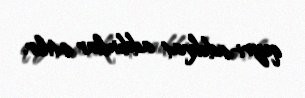
qeyri-adekvat addımlar atılır.